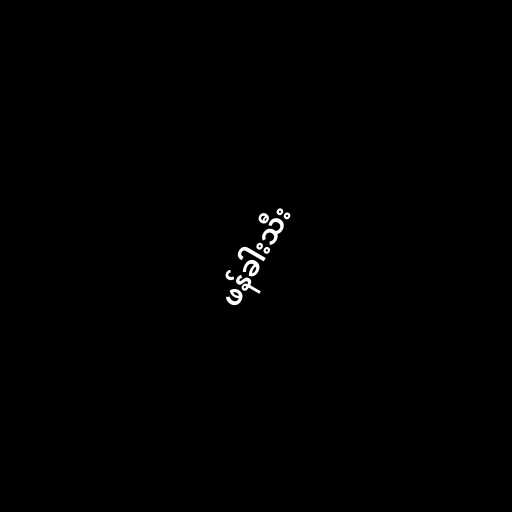
ဖန်ခါးသီး